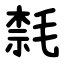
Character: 㲡